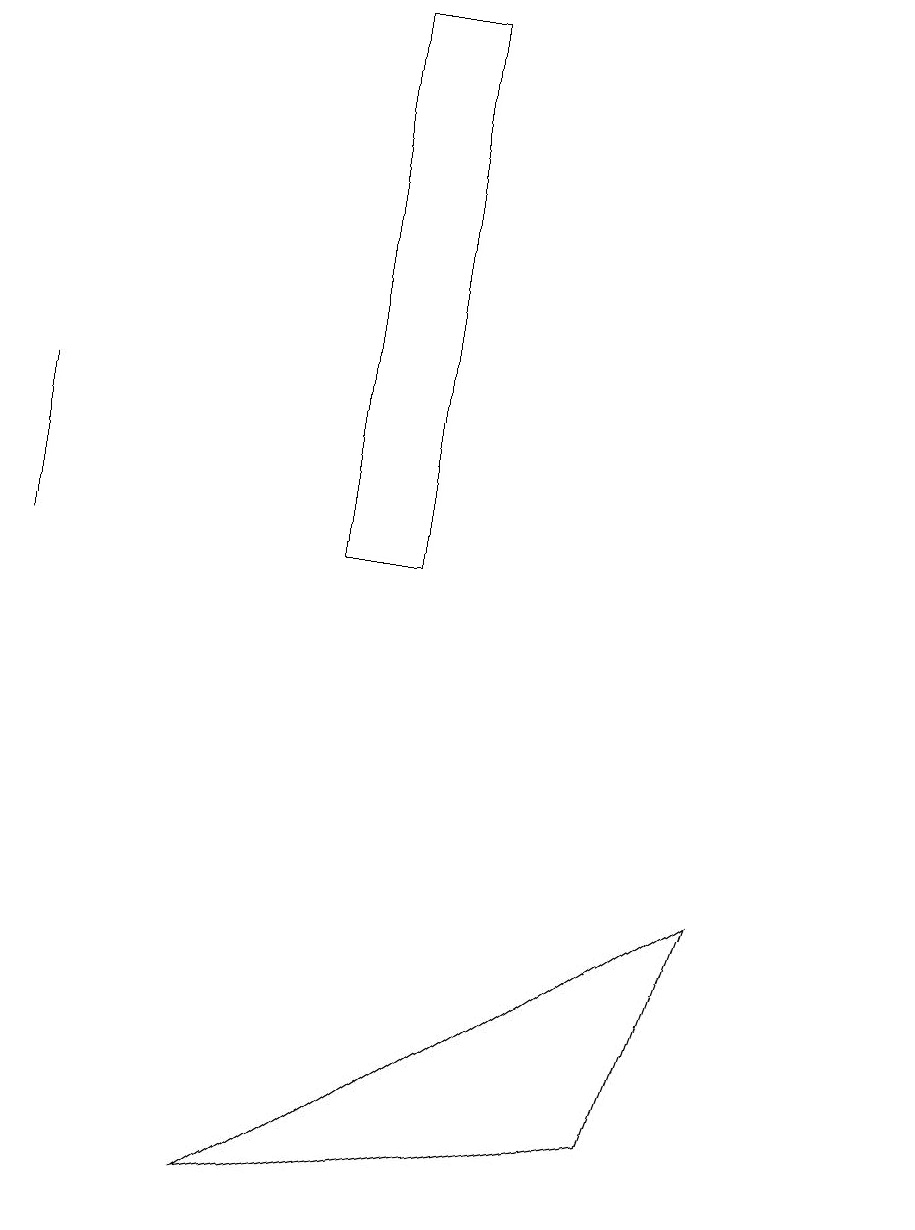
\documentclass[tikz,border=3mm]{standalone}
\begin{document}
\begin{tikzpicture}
\draw (5,12) rectangle (4,19);
\draw (0,12) rectangle (0,14);
\draw (11,11) circle (0);
\draw (9,8) -- (8,5) -- (3,4) -- cycle;
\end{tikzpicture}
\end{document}